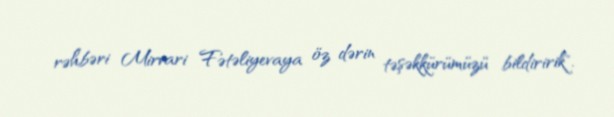
rəhbəri Mirvari Fətəliyevaya öz dərin təşəkkürümüzü bildiririk".